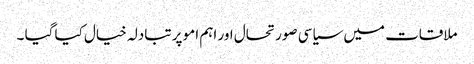
ملاقات میں سیاسی صورتحال اور اہم امو پر تبادلہ خیال کیا گیا ۔